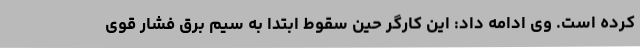
کرده است. وی ادامه داد: این کارگر حین سقوط ابتدا به سیم برق فشار قوی